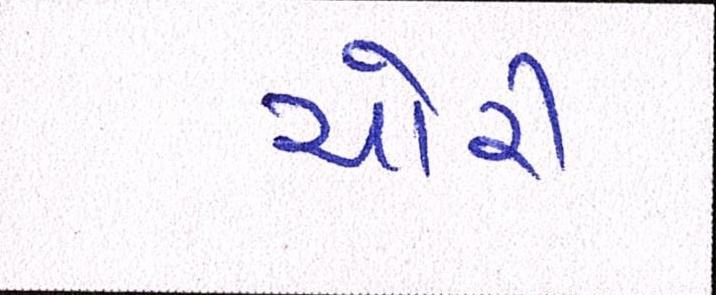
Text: ચોરી